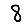
Digit: 8